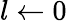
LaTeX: l\leftarrow 0